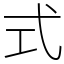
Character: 式